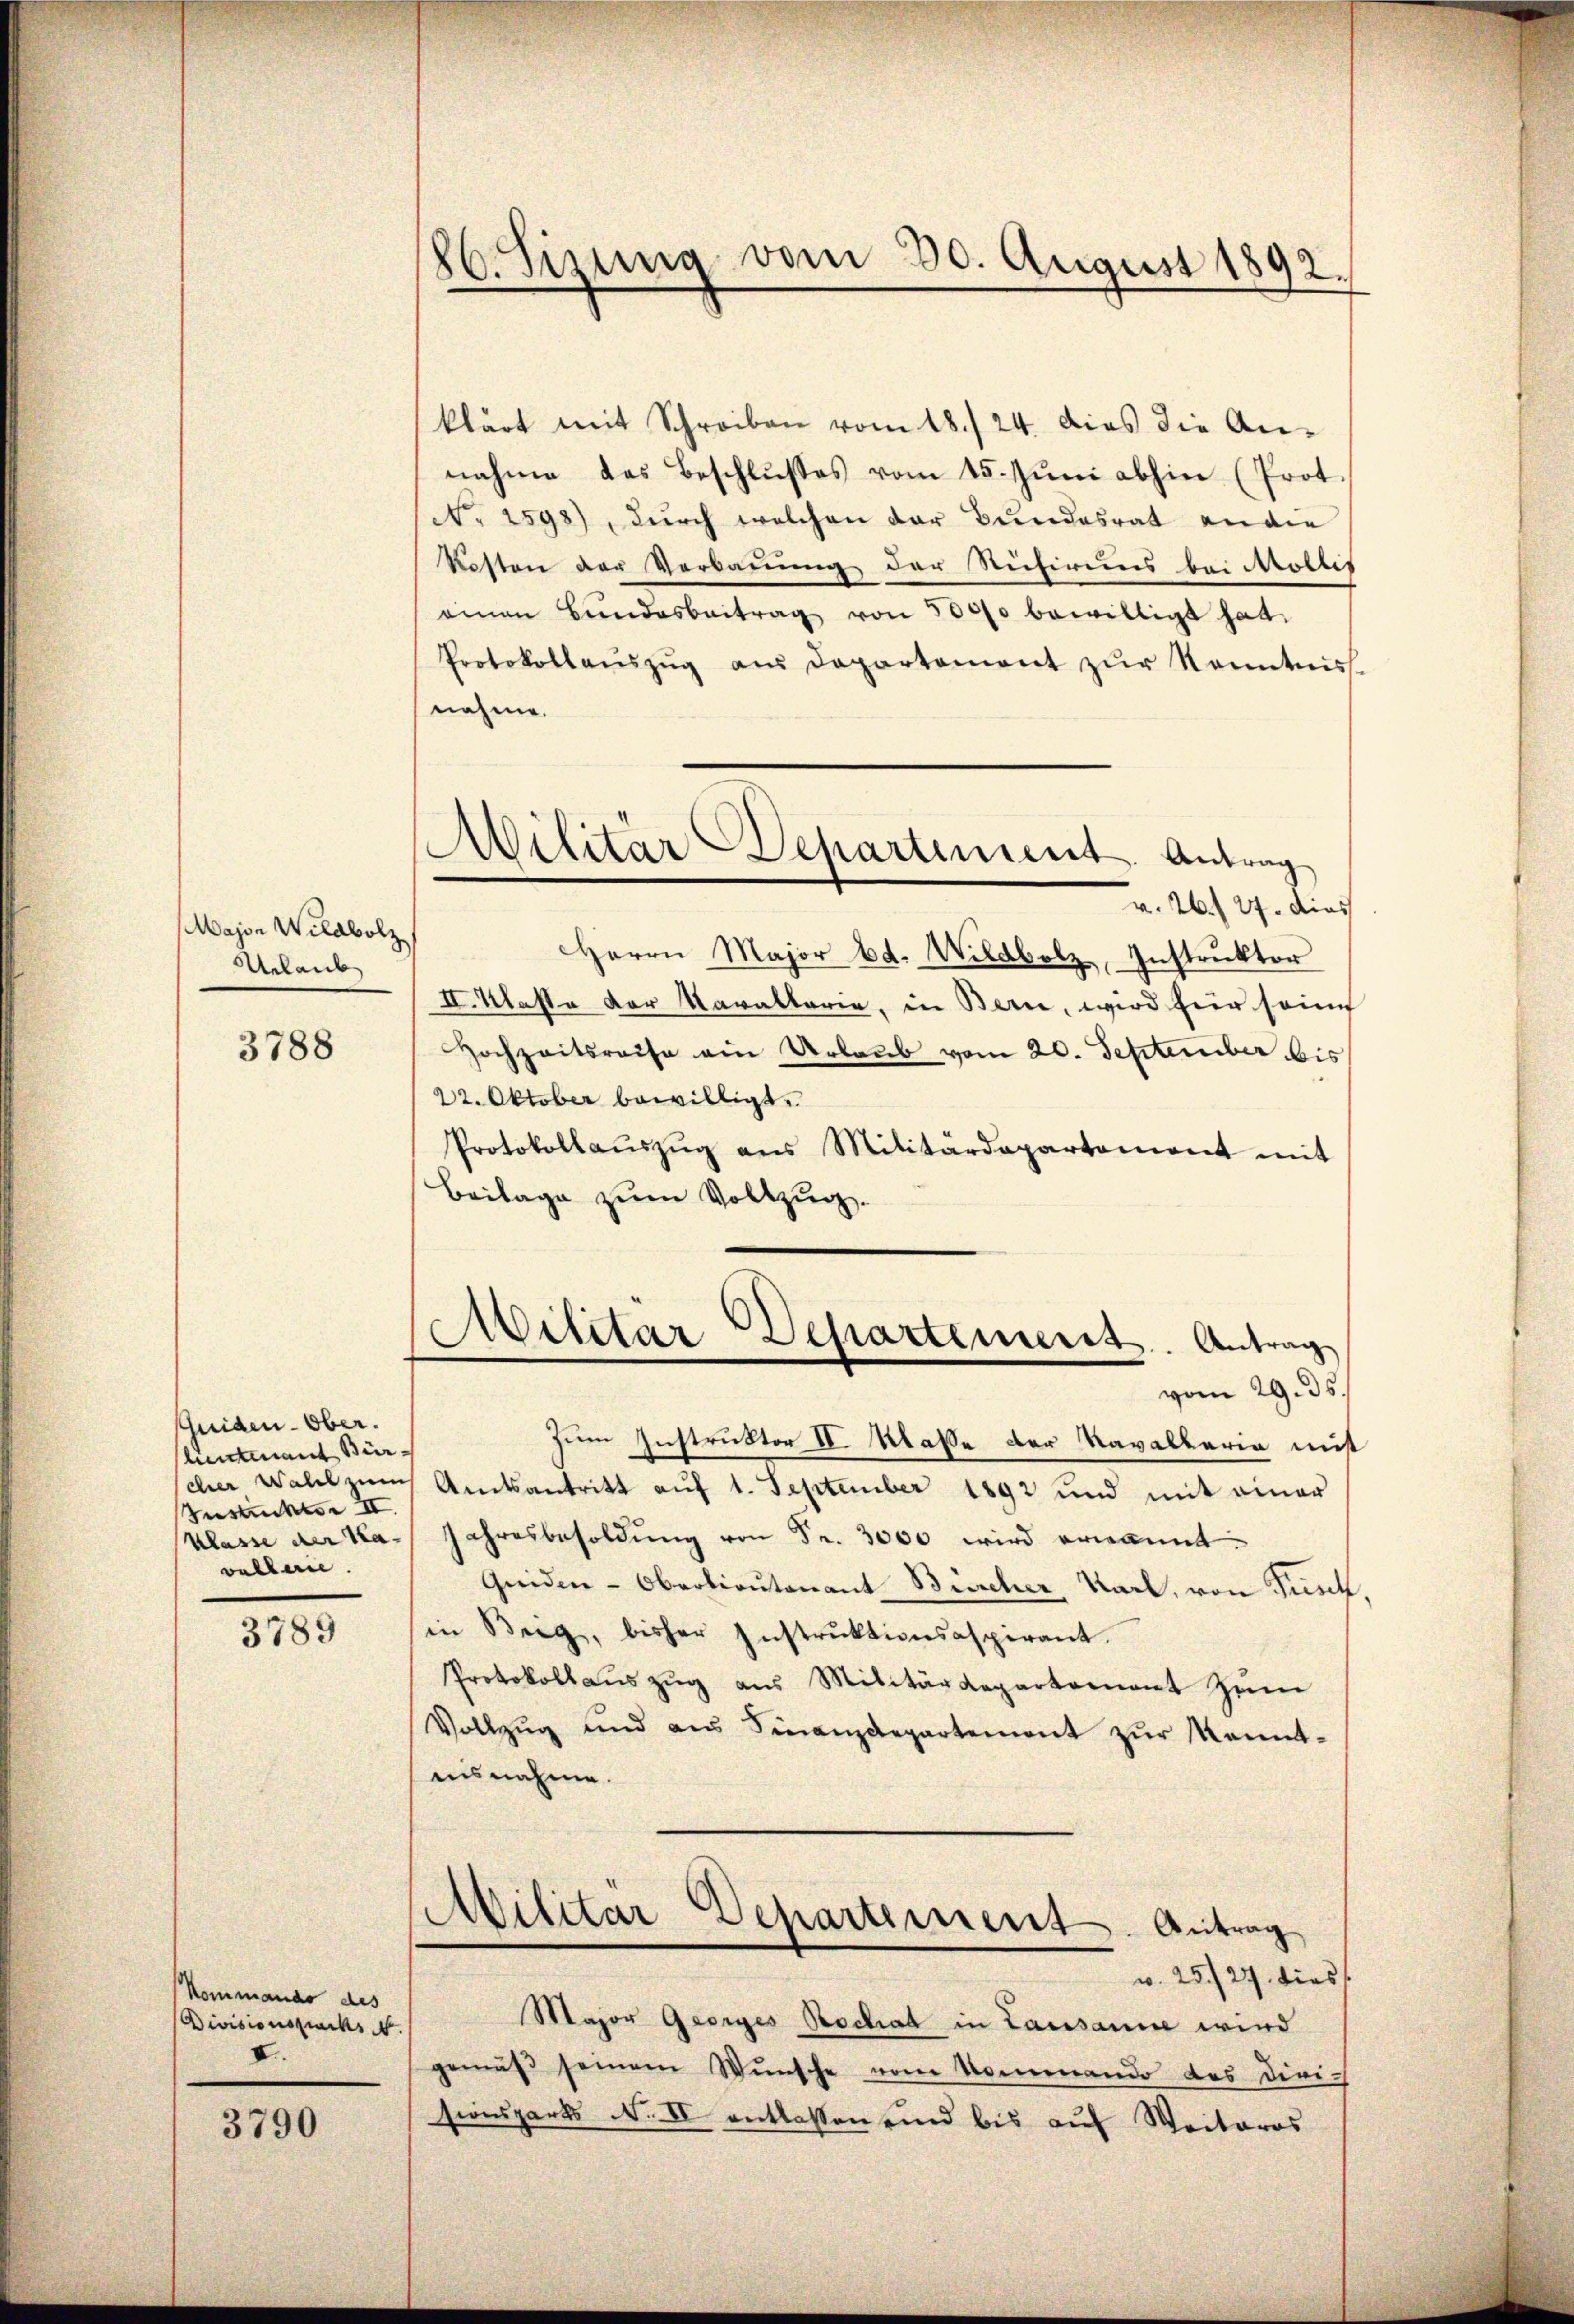
Major Wildbolz
Alaub

3788

scheiden ober.
limant Bür¬
Festuckte III.
vallen.

3789

Kommando des
Divisionszwecks 4.
I.

3790

86. Sizung vom 30. August 1892.

Militar Departement. Antrag
v. 26. 27. dies

klärt mit Schreiben vom 18./24. dies die Annahme das Beschlŭsses vom 15. Jŭni abhin (Prot.
No. 1598), durch welchen der Bundesrat an die
Kosten der Verbauung der Rufirung bei Mollis
einen Bŭndesbeitrag von 5000 bewilligt hat.
Protokollaŭszŭg aŭs Departemont zŭr Kenntniss
nahme.
Herrn Major od. Wildbolz, Instruktor
II. Klasse der Karakterie, in Bern, wird für sein
Hochzeitsreise ein Urlaub vom 20. September bis
22. Oktober bewilligt.
Protokollaŭszŭg ans Militärdepartement mit
Beilage zum Vollzug.
Militär-Departement. Antrag
vom 29. 35.
zum Instruktor VV. Maße der Navallaria mis
cher Wahl zum Amtsantritt auf 1. September 1892 und mit einer
Klasse der Na- Jahresbesoldung von Fr. 3000 wird ernannt
Griden-Oberlieutenant Bircher Karl, von Fisch,
in Beig, bisher Instruktionsaspirant.
Protokoll aŭszŭg aŭs Militärdepartement zŭm
Vollzug und aus Finanzdepartement zur Kenntuisnahme.
Militar Departement. Antrag
w. 25/27. dies
Major Georges Bochat in Lausanne wird
gemäß seinem Wunsche vom Nommando des Divi-
sionsparts N. II entlassen und bis aŭf Weiteros